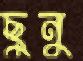
ছুনু